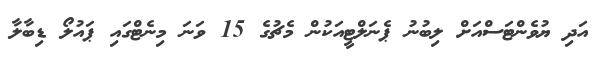
އަދި ޔުވެންޓަސްއަށް ލިބުނު ޕެނަލްޓީއަކުން މެޗުގެ 15 ވަނަ މިނެޓްގައި ޕައުލޯ ޑިބާލާ